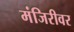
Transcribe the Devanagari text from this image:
मंजिरीवर